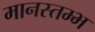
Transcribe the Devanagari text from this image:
मानस्तम्भ